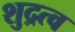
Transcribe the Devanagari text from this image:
शुद्रत्व